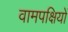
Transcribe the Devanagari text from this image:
वामपक्षियों